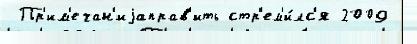
 Пр'им'ечан'иjаправ'ить стр'ем'и́лс'я 2009